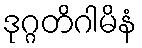
ဒုဂ္ဂတိဂါမိနံ